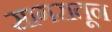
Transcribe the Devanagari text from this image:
सागरातून